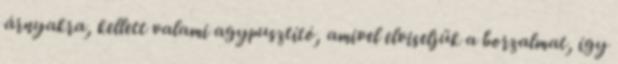
árnyakra, kellett valami agypusztító, amivel elviseljük a borzalmat, így